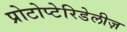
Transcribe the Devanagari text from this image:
प्रोटोप्टेरिडेलीज़